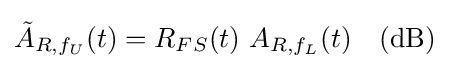
{\tilde {A}}_{R,f_{U}}(t)=R_{FS}(t)\ A_{R,f_{L}}(t)\quad {\textrm {(dB)}}